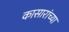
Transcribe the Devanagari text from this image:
कासारांच्या